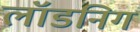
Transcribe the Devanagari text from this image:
लॉडनिग